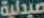
صيدلية